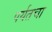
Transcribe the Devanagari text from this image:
पर्यतचा